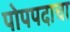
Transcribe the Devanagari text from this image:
पोपपदाचा